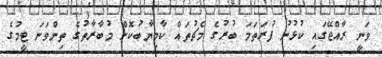
ވަނީ ރާއްޖޭގައި ކުޅުނު ފުރަތަމަ ބުރުގެ މެޗުތައް ކާމިޔާބުކޮށް މުބާރާތުގެ ތިންވަނަ ޓީމުގެ